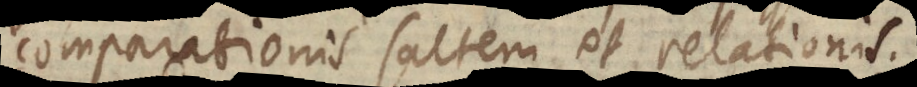
comparationis saltem et relationis.